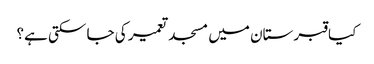
﻿ کیا قبرستان میں مسجد تعمیر کی جا سکتی ہے؟